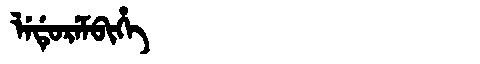
Manchu: ᠯᡝᡩᡠᡵᡝᠮᠪᡳᡥᡝ
Romanization: LEDUREMBIHE